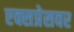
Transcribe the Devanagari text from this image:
एक्सप्रेसवर